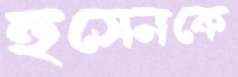
হুসেনকে